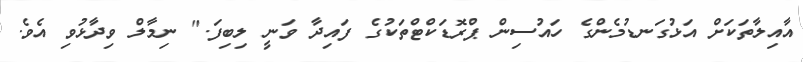
އާއިލާތަކަށް އަޅުގަނޑުމެންގެ ހައުސިން ޕްރޮޑަކްޓްތަކުގެ ފައިދާ ވަނީ ލިބިފަ." ނިމާލް ވިދާޅުވި އެވެ.